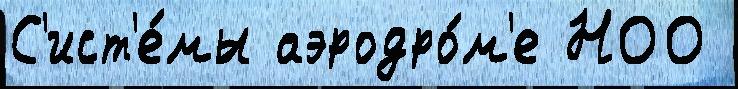
С'ист'е́мы аэродро́м'е НОО